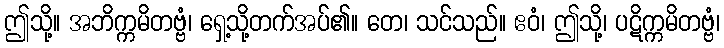
ဤသို့။ အဘိက္ကမိတဗ္ဗံ၊ ရှေ့သို့တက်အပ်၏။ တေ၊ သင်သည်။ ဧဝံ၊ ဤသို့၊ ပဋိက္ကမိတဗ္ဗံ၊